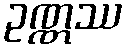
ဥဏ္ဏဿ